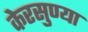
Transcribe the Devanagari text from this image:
केरसुण्या